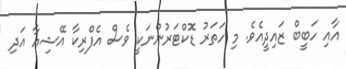
އާއި ހަބީބް ޒައިދީއެވެ. މި ހަތަރު ޑޮކްޓަރުންނަކީ ވެސް އެފްރިކާ އޭޝިއާ އަދި